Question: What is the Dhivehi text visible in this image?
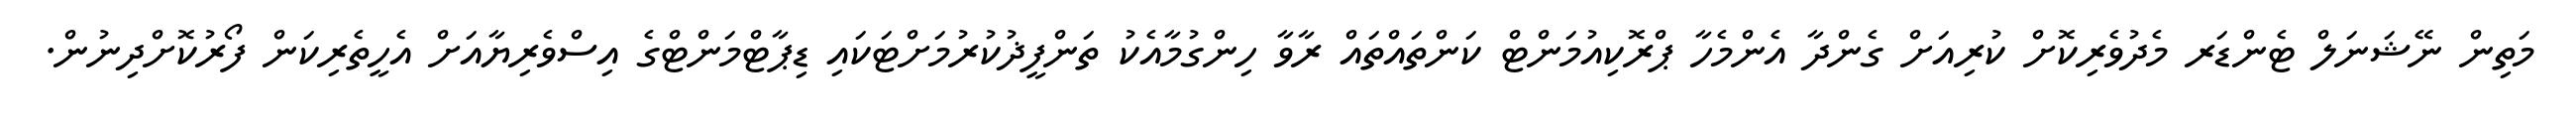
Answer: މަތިން ނޭޝަނަލް ޓެންޑަރ މެދުވެރިކޮށް ކުރިއަށް ގެންދާ އެންމެހާ ޕްރޮކިއުމަންޓް ކަންތައްތައް ރާވާ ހިންގުމާއެކު ތަންފީޛުކުރުމަށްޓަކައި ޑިޕާޓްމަންޓްގެ އިސްވެރިޔާއަށް އެހީތެރިކަން ފޯރުކޮށްދިނުން.